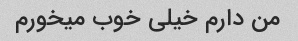
من دارم خیلی خوب میخورم